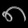
Digit: ၈